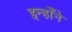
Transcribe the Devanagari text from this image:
इन्होँने